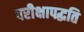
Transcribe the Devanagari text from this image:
परीक्षापद्धति